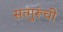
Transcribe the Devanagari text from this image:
सत्गुरूंची